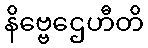
နိဗ္ဗေဌေဟီတိ